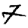
Digit: 7